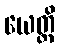
ယေတ္ထိ